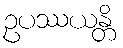
ဥပဿယန္တိ